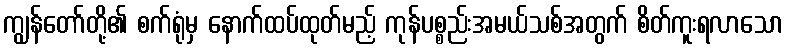
ကျွန်တော်တို့၏ စက်ရုံမှ နောက်ထပ်ထုတ်မည့် ကုန်ပစ္စည်းအမယ်သစ်အတွက် စိတ်ကူးရလာသော